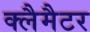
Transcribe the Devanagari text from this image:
क्लैमैटर